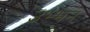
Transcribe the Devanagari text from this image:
उभ्भन